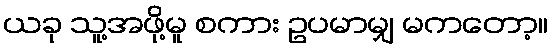
ယခု သူ့အဖို့မူ စကား ဥပမာမျှ မကတော့။